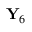
\mathbf { Y } _ { 6 }